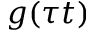
g ( \tau t )